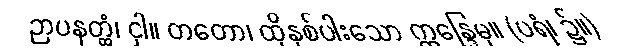
ဉာပနတ္ထံ၊ ငှါ။ တတော၊ ထိုနှစ်ပါးသော ဣန္ဒြေမှ။ (ပရံ၊ ၌။)